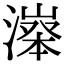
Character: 𣽵